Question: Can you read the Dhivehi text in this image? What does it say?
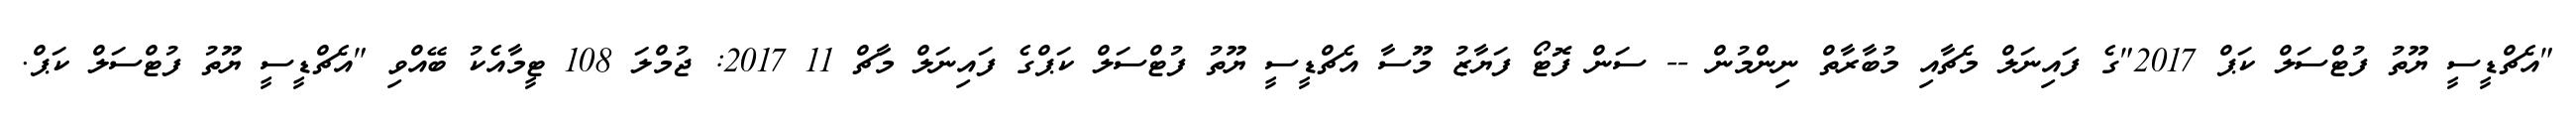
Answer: "އެޗްޑީސީ ޔޫތު ފުޓްސަލް ކަޕް 2017"ގެ ފައިނަލް މެޗާއި މުބާރާތް ނިންމުން -- ސަން ފޮޓޯ ފަޔާޒު މޫސާ އެޗްޑީސީ ޔޫތު ފުޓްސަލް ކަޕްގެ ފައިނަލް މާޗް 11 2017: ޖުމްލަ 108 ޓީމާއެކު ބޭއްވި "އެޗްޑީސީ ޔޫތު ފުޓްސަލް ކަޕް.